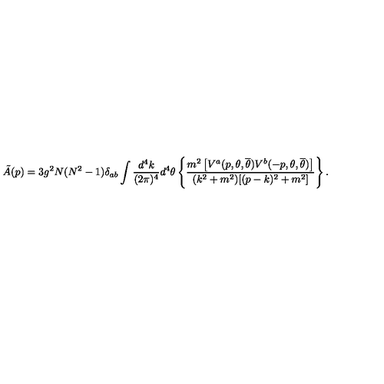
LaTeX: \tilde { A } ( p ) = 3 g ^ { 2 } N ( N ^ { 2 } - 1 ) \delta _ { a b } \int \frac { d ^ { 4 } k } { ( 2 \pi ) ^ { 4 } } d ^ { 4 } \theta \left\{ \frac { m ^ { 2 } \left[ V ^ { a } ( p , \theta , { \overline { \theta } } ) V ^ { b } ( - p , \theta , { \overline { \theta } } ) \right] } { ( k ^ { 2 } + m ^ { 2 } ) [ ( p - k ) ^ { 2 } + m ^ { 2 } ] } \right\} .